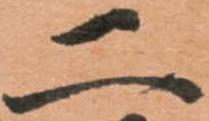
二